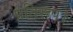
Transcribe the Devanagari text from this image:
प्रतिरूप।